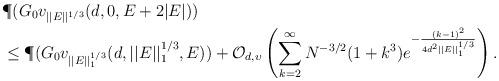
LaTeX: \begin{align*} &\P (G_0v_{||E||^{1/3}} (d, 0, E + 2 |E|)) \\ & \leq \P (G_0v_{||E||_1^{1/3}} (d, ||E||_1^{1/3}, E)) + \mathcal{O}_{d, \upsilon} \left( \sum_{k=2}^{\infty} N^{-3/2}(1+ k^3) e^{- \frac{(k-1)^2}{4 d^2 ||E||_1^{1/3}}} \right). \end{align*}